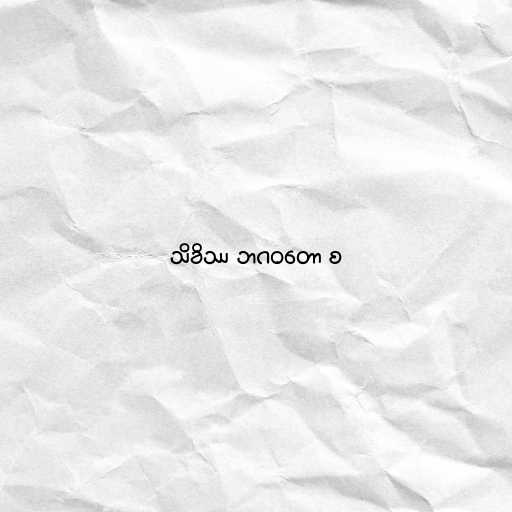
သိခိဿ ဘဂဝတော စ